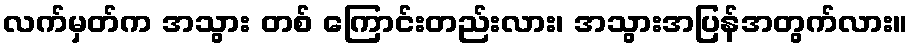
လက်မှတ်က အသွား တစ် ကြောင်းတည်းလား၊ အသွားအပြန်အတွက်လား။